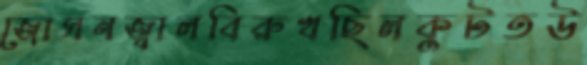
জোসনজ্বালবিরুখছিলকুটতউ